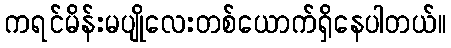
ကရင်မိန်းမပျိုလေးတစ်ယောက်ရှိနေပါတယ်။